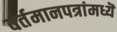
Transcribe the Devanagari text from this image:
वर्तमानपत्रांमध्यॆ